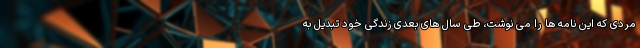
مردی که این نامه ها را می نوشت، طی سال های بعدی زندگی خود تبدیل به